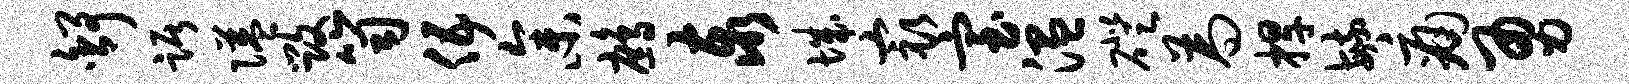
舒踞隘毁笥伍参鹧泰城最室温磴为捍毓痛勇